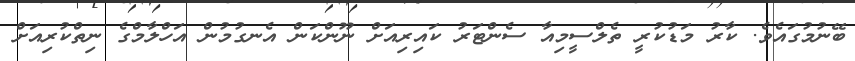
ބޭނުމުގައެވެ. ކާރު މަޑުކުރީ ތެލްސީމިއާ ސެންޓަރު ކައިރިއަށް ނޫންކަން އެނގުމުން އަހްލާމްގެ ނިތްކުރިއަށް